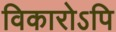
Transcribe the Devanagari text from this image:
विकारोऽपि